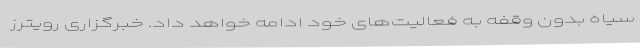
سیاه بدون وقفه به فعالیت‌های خود ادامه خواهد داد. خبرگزاری رویترز